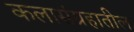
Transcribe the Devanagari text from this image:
कलासंग्रहातील